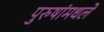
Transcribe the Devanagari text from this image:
पुरुषांमधले